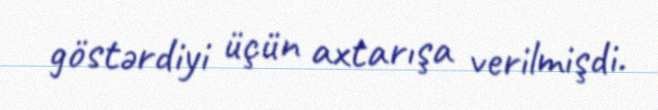
göstərdiyi üçün axtarışa verilmişdi.